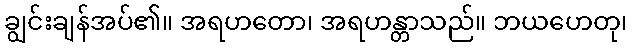
ချွင်းချန်အပ်၏။ အရဟတော၊ အရဟန္တာသည်။ ဘယဟေတု၊